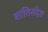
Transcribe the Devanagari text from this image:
शांतिसंदेश